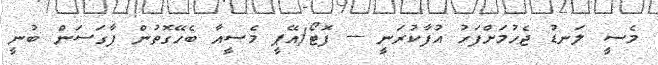
މެސީ ލަނޑު ޖެހުމަށްފަހު އުފާކުރަނީ --- ފޮޓޯ/އޭޕީ މެސީއާ ބެހޭގޮތުން ފާގަސަން ބުނީ